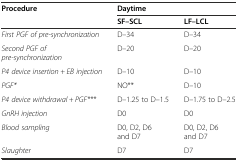
<table><thead><tr><td rowspan="2"><b>Procedure</b></td><td colspan="2"><b>Daytime</b></td></tr><tr><td><b>SF–SCL</b></td><td><b>LF–LCL</b></td></tr></thead><tbody><tr><td><i>First PGF of pre-synchronization</i></td><td>D–34</td><td>D–34</td></tr><tr><td><i>Second PGF of pre-synchronization</i></td><td>D–20</td><td>D–20</td></tr><tr><td><i>P4 device insertion + EB injection</i></td><td>D–10</td><td>D–10</td></tr><tr><td><i>PGF*</i></td><td>NO**</td><td>D–10</td></tr><tr><td><i>P4 device withdrawal + PGF***</i></td><td>D–1.25 to D–1.5</td><td>D–1.75 to D–2.5</td></tr><tr><td><i>GnRH injection</i></td><td>D0</td><td>D0</td></tr><tr><td><i>Blood sampling</i></td><td>D0, D2, D6 and D7</td><td>D0, D2, D6 and D7</td></tr><tr><td><i>Slaughter</i></td><td>D7</td><td>D7</td></tr></tbody></table>